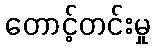
တောင့်တင်းမှု